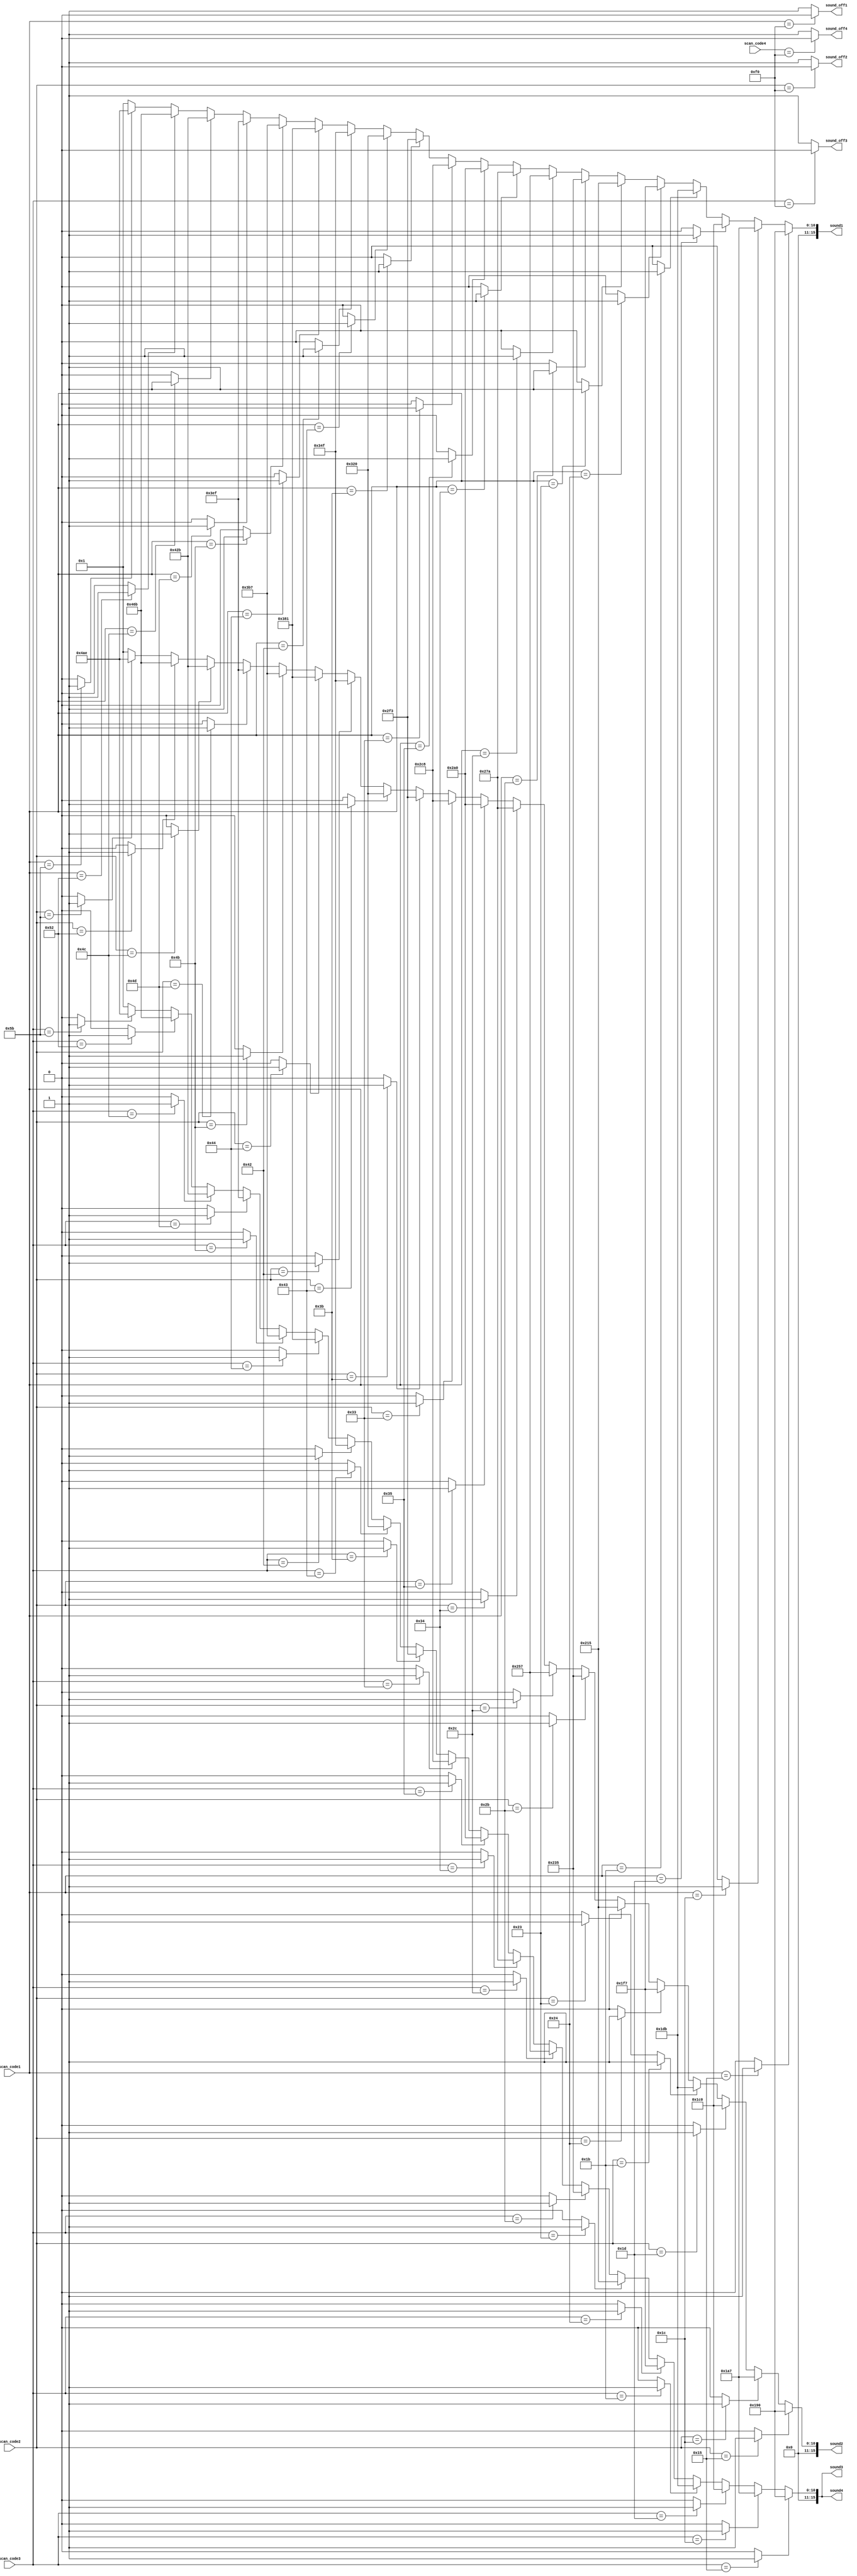
module staff(
	input [7:0]scan_code1,
	input [7:0]scan_code2,
	input [7:0]scan_code3,
	input [7:0]scan_code4,
	output [15:0]sound1,
	output [15:0]sound2,
	output [15:0]sound3,
	output [15:0]sound4,
	output sound_off1,
	output sound_off2,
	output sound_off3,
	output sound_off4
);
	assign  vga_sync=1;	

//////SoundOff Key///////
	assign sound_off1=(scan_code1==8'hf0)?0:1;
	assign sound_off2=(scan_code2==8'hf0)?0:1;
	assign sound_off3=(scan_code3==8'hf0)?0:1;
	assign sound_off4=(scan_code4==8'hf0)?0:1;


/////////Channel-1 Trigger////////
	wire L_5_tr=(scan_code1==8'h1c)?1:0;//-5
	wire L_6_tr=(scan_code1==8'h1b)?1:0;//-6		
	wire L_7_tr=(scan_code1==8'h23)?1:0;//-7		
	wire M_1_tr=(scan_code1==8'h2b)?1:0;//1		
	wire M_2_tr=(scan_code1==8'h34)?1:0;//2		
	wire M_3_tr=(scan_code1==8'h33)?1:0;//3		
	wire M_4_tr=(scan_code1==8'h3b)?1:0;//4		
	wire M_5_tr=(scan_code1==8'h42)?1:0;//5		
	wire M_6_tr=(scan_code1==8'h4b)?1:0;//6		
	wire M_7_tr=(scan_code1==8'h4c)?1:0;//7		
	wire H_1_tr=(scan_code1==8'h52)?1:0;//+1		
	wire H_2_tr=0;//+2
	wire H_3_tr=0;//+3
	wire H_4_tr=0;//+4
	wire H_5_tr=0;//+5
	wire Hu4_tr=0;//((!get_gate) && (scan_code==8'h15))?1:0;//+#4
	wire Hu2_tr=0;//((!get_gate) && (scan_code==8'h1d))?1:0;//+#2
	wire Hu1_tr=(scan_code1==8'h5b)?1:0;//+#1
	wire Mu6_tr=(scan_code1==8'h4d)?1:0;//#6
	wire Mu5_tr=(scan_code1==8'h44)?1:0;//#5
	wire Mu4_tr=(scan_code1==8'h43)?1:0;//#4
	wire Mu2_tr=(scan_code1==8'h35)?1:0;//#2
	wire Mu1_tr=(scan_code1==8'h2c)?1:0;//#1
	wire Lu6_tr=(scan_code1==8'h24)?1:0;//-#6
	wire Lu5_tr=(scan_code1==8'h1d)?1:0;//-#5
	wire Lu4_tr=(scan_code1==8'h15)?1:0;//-#4

	assign sound1=(    //channel-1 frequency
		(Lu4_tr)?400  :(
		(L_5_tr)?423  :(
		(Lu5_tr)?448  :(
		(L_6_tr)?475  :(
		(Lu6_tr)?503  :(
		(L_7_tr)?533  :(
		(M_1_tr)?565  :(
		(Mu1_tr)?599  :(
		(M_2_tr)?634  :(
		(Mu2_tr)?672  :(
		(M_3_tr)?712  :(
		(M_4_tr)?755  :(
		(Mu4_tr)?800  :(
		(M_5_tr)?847  :(
		(Mu5_tr)?897  :(
		(M_6_tr)?951  :(
		(Mu6_tr)?1007 :(
		(M_7_tr)?1067 :(
		(H_1_tr)?1131 :(
		(Hu1_tr)?1198 :1
		)))))))))))))))))))
	);

/////////Channel-2 Trigger////////
	wire L2_5_tr=(scan_code2==8'h1c)?1:0;//-5
	wire L2_6_tr=(scan_code2==8'h1b)?1:0;//-6		
	wire L2_7_tr=(scan_code2==8'h23)?1:0;//-7		
	wire M2_1_tr=(scan_code2==8'h2b)?1:0;//1		
	wire M2_2_tr=(scan_code2==8'h34)?1:0;//2		
	wire M2_3_tr=(scan_code2==8'h33)?1:0;//3		
	wire M2_4_tr=(scan_code2==8'h3b)?1:0;//4		
	wire M2_5_tr=(scan_code2==8'h42)?1:0;//5		
	wire M2_6_tr=(scan_code2==8'h4b)?1:0;//6		
	wire M2_7_tr=(scan_code2==8'h4c)?1:0;//7		
	wire H2_1_tr=(scan_code2==8'h52)?1:0;//+1		
	wire H2_2_tr=0;//+2
	wire H2_3_tr=0;//+3
	wire H2_4_tr=0;//+4
	wire H2_5_tr=0;//+5
	wire H2u4_tr=0;//((!get_gate) && (scan_code==8'h15))?1:0;//+#4
	wire H2u2_tr=0;//((!get_gate) && (scan_code==8'h1d))?1:0;//+#2
	wire H2u1_tr=(scan_code2==8'h5b)?1:0;//+#1
	wire M2u6_tr=(scan_code2==8'h4d)?1:0;//#6
	wire M2u5_tr=(scan_code2==8'h44)?1:0;//#5
	wire M2u4_tr=(scan_code2==8'h43)?1:0;//#4
	wire M2u2_tr=(scan_code2==8'h35)?1:0;//#2
	wire M2u1_tr=(scan_code2==8'h2c)?1:0;//#1
	wire L2u6_tr=(scan_code2==8'h24)?1:0;//-#6
	wire L2u5_tr=(scan_code2==8'h1d)?1:0;//-#5
	wire L2u4_tr=(scan_code2==8'h15)?1:0;//-#4

	assign sound2=(     //channel-2 frequency
		(L2u4_tr)?400  :(
		(L2_5_tr)?423  :(
		(L2u5_tr)?448  :(
		(L2_6_tr)?475  :(
		(L2u6_tr)?503  :(
		(L2_7_tr)?533  :(
		(M2_1_tr)?565  :(
		(M2u1_tr)?599  :(
		(M2_2_tr)?634  :(
		(M2u2_tr)?672  :(
		(M2_3_tr)?712  :(
		(M2_4_tr)?755  :(
		(M2u4_tr)?800  :(
		(M2_5_tr)?847  :(
		(M2u5_tr)?897  :(
		(M2_6_tr)?951  :(
		(M2u6_tr)?1007 :(
		(M2_7_tr)?1067 :(
		(H2_1_tr)?1131 :(
		(H2u1_tr)?1198 :1
		)))))))))))))))))))
	);

/////////Channel-3 Trigger////////
	wire L3_5_tr=(scan_code3==8'h1c)?1:0;//-5
	wire L3_6_tr=(scan_code3==8'h1b)?1:0;//-6		
	wire L3_7_tr=(scan_code3==8'h23)?1:0;//-7		
	wire M3_1_tr=(scan_code3==8'h2b)?1:0;//1		
	wire M3_2_tr=(scan_code3==8'h34)?1:0;//2		
	wire M3_3_tr=(scan_code3==8'h33)?1:0;//3		
	wire M3_4_tr=(scan_code3==8'h3b)?1:0;//4		
	wire M3_5_tr=(scan_code3==8'h42)?1:0;//5		
	wire M3_6_tr=(scan_code3==8'h4b)?1:0;//6		
	wire M3_7_tr=(scan_code3==8'h4c)?1:0;//7		
	wire H3_1_tr=(scan_code3==8'h52)?1:0;//+1		
	wire H3_2_tr=0;//+2
	wire H3_3_tr=0;//+3
	wire H3_4_tr=0;//+4
	wire H3_5_tr=0;//+5
	wire H3u4_tr=0;//((!get_gate) && (scan_code==8'h15))?1:0;//+#4
	wire H3u2_tr=0;//((!get_gate) && (scan_code==8'h1d))?1:0;//+#2
	wire H3u1_tr=(scan_code3==8'h5b)?1:0;//+#1
	wire M3u6_tr=(scan_code3==8'h4d)?1:0;//#6
	wire M3u5_tr=(scan_code3==8'h44)?1:0;//#5
	wire M3u4_tr=(scan_code3==8'h43)?1:0;//#4
	wire M3u2_tr=(scan_code3==8'h35)?1:0;//#2
	wire M3u1_tr=(scan_code3==8'h2c)?1:0;//#1
	wire L3u6_tr=(scan_code3==8'h24)?1:0;//-#6
	wire L3u5_tr=(scan_code3==8'h1d)?1:0;//-#5
	wire L3u4_tr=(scan_code3==8'h15)?1:0;//-#4

	assign sound3=(		//channel-3 frequency
		(L3u4_tr)?400  :(
		(L3_5_tr)?423  :(
		(L3u5_tr)?448  :(
		(L3_6_tr)?475  :(
		(L3u6_tr)?503  :(
		(L3_7_tr)?533  :(
		(M3_1_tr)?565  :(
		(M3u1_tr)?599  :(
		(M3_2_tr)?634  :(
		(M3u2_tr)?672  :(
		(M3_3_tr)?712  :(
		(M3_4_tr)?755  :(
		(M3u4_tr)?800  :(
		(M3_5_tr)?847  :(
		(M3u5_tr)?897  :(
		(M3_6_tr)?951  :(
		(M3u6_tr)?1007 :(
		(M3_7_tr)?1067 :(
		(H3_1_tr)?1131 :(
		(H3u1_tr)?1198 :1
		)))))))))))))))))))
	);

/////////Channel-4 Trigger////////
	wire L4_5_tr=(scan_code4==8'h1c)?1:0;//-5
	wire L4_6_tr=(scan_code4==8'h1b)?1:0;//-6		
	wire L4_7_tr=(scan_code4==8'h23)?1:0;//-7		
	wire M4_1_tr=(scan_code4==8'h2b)?1:0;//1		
	wire M4_2_tr=(scan_code4==8'h34)?1:0;//2		
	wire M4_3_tr=(scan_code4==8'h33)?1:0;//3		
	wire M4_4_tr=(scan_code4==8'h3b)?1:0;//4		
	wire M4_5_tr=(scan_code4==8'h42)?1:0;//5		
	wire M4_6_tr=(scan_code4==8'h4b)?1:0;//6		
	wire M4_7_tr=(scan_code4==8'h4c)?1:0;//7		
	wire H4_1_tr=(scan_code4==8'h52)?1:0;//+1		
	wire H4_2_tr=0;//+2
	wire H4_3_tr=0;//+3
	wire H4_4_tr=0;//+4
	wire H4_5_tr=0;//+5
	wire H4u4_tr=0;//((!get_gate) && (scan_code==8'h15))?1:0;//+#4
	wire H4u2_tr=0;//((!get_gate) && (scan_code==8'h1d))?1:0;//+#2
	wire H4u1_tr=(scan_code4==8'h5b)?1:0;//+#1
	wire M4u6_tr=(scan_code4==8'h4d)?1:0;//#6
	wire M4u5_tr=(scan_code4==8'h44)?1:0;//#5
	wire M4u4_tr=(scan_code4==8'h43)?1:0;//#4
	wire M4u2_tr=(scan_code4==8'h35)?1:0;//#2
	wire M4u1_tr=(scan_code4==8'h2c)?1:0;//#1
	wire L4u6_tr=(scan_code4==8'h24)?1:0;//-#6
	wire L4u5_tr=(scan_code4==8'h1d)?1:0;//-#5
	wire L4u4_tr=(scan_code4==8'h15)?1:0;//-#4

	assign sound4=(  //channel-4 frequency
		(L3u4_tr)?400  :(
		(L3_5_tr)?423  :(
		(L3u5_tr)?448  :(
		(L3_6_tr)?475  :(
		(L3u6_tr)?503  :(
		(L3_7_tr)?533  :(
		(M3_1_tr)?565  :(
		(M3u1_tr)?599  :(
		(M3_2_tr)?634  :(
		(M3u2_tr)?672  :(
		(M3_3_tr)?712  :(
		(M3_4_tr)?755  :(
		(M3u4_tr)?800  :(
		(M3_5_tr)?847  :(
		(M3u5_tr)?897  :(
		(M3_6_tr)?951  :(
		(M3u6_tr)?1007 :(
		(M3_7_tr)?1067 :(
		(H3_1_tr)?1131 :(
		(H3u1_tr)?1198 :1
		)))))))))))))))))))
	);

endmodule